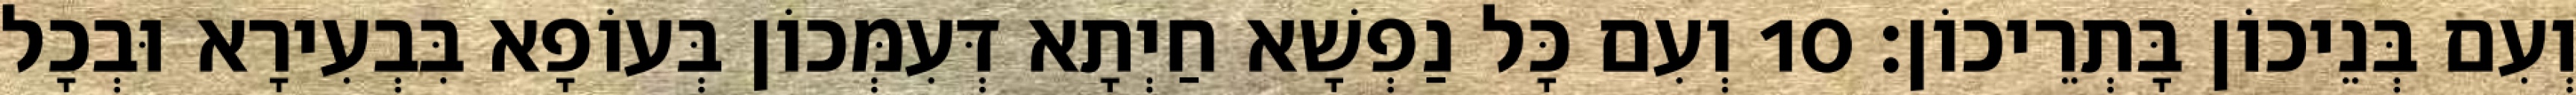
וְעִם בְּנֵיכוֹן בָּתְרֵיכוֹן׃ 10 וְעִם כָּל נַפְשָׁא חַיְתָא דְּעִמְּכוֹן בְּעוֹפָא בִּבְעִירָא וּבְכָל